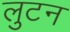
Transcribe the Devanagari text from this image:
लुटन